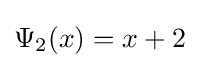
\Psi _{2}(x)=x+2